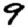
Digit: 9